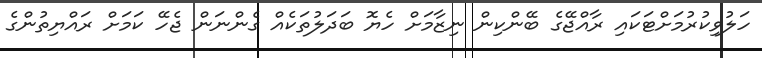
ހަލުވިކުރުމަށްޓަކައި ރާއްޖޭގެ ބޭންކިން ނިޒާމަށް ހެޔޮ ބަދަލުތަކެއް ގެންނަން ޖެހޭ ކަމަށް ރައްޔިތުންގެ